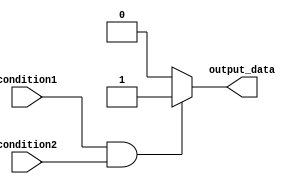
module Multiple_if_else (
    input wire condition1,
    input wire condition2,
    output reg output_data
);

always @ (*)
begin
    if (condition1 && condition2) begin
        output_data <= 1'b1;
    end
    else if (condition1 && !condition2) begin
        output_data <= 1'b0;
    end
    else if (!condition1 && condition2) begin
        output_data <= 1'b0;
    end
    else begin
        output_data <= 1'b0;
    end
end

endmodule